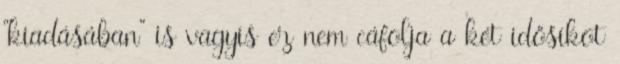
“kiadásában” is vagyis ez nem cáfolja a két idősíkot